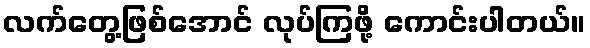
လက်တွေ့ဖြစ်အောင် လုပ်ကြဖို့ ကောင်းပါတယ်။